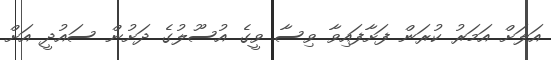
އަލަށް އަމަރު ކުރަން ފަށާފައިވާ ވިސާ ވީގެ އުސޫލުގެ ދަށުން ސައުދީ އަށް